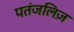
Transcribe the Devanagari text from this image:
पतंजलिज़